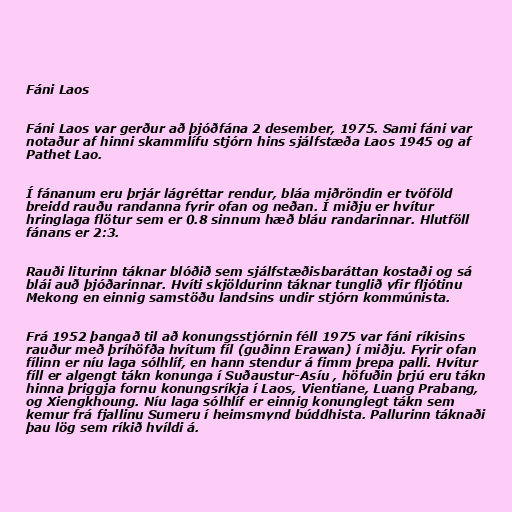
Fáni Laos

Fáni Laos var gerður að þjóðfána 2 desember, 1975. Sami fáni var
notaður af hinni skammlífu stjórn hins sjálfstæða Laos 1945 og af
Pathet Lao.

Í fánanum eru þrjár lágréttar rendur, bláa miðröndin er tvöföld
breidd rauðu randanna fyrir ofan og neðan. Í miðju er hvítur
hringlaga flötur sem er 0.8 sinnum hæð bláu randarinnar. Hlutföll
fánans er 2:3.

Rauði liturinn táknar blóðið sem sjálfstæðisbaráttan kostaði og sá
blái auð þjóðarinnar. Hvíti skjöldurinn táknar tunglið yfir fljótinu
Mekong en einnig samstöðu landsins undir stjórn kommúnista.

Frá 1952 þangað til að konungsstjórnin féll 1975 var fáni ríkisins
rauður með þríhöfða hvítum fíl (guðinn Erawan) í miðju. Fyrir ofan
fílinn er níu laga sólhlíf, en hann stendur á fimm þrepa palli. Hvítur
fíll er algengt tákn konunga í Suðaustur-Asíu , höfuðin þrjú eru tákn
hinna þriggja fornu konungsríkja í Laos, Vientiane, Luang Prabang,
og Xiengkhoung. Níu laga sólhlíf er einnig konunglegt tákn sem
kemur frá fjallinu Sumeru í heimsmynd búddhista. Pallurinn táknaði
þau lög sem ríkið hvíldi á.